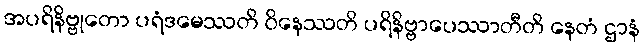
အပရိနိဗ္ဗုတော ပရံဒမေဿတိ ဝိနေဿတိ ပရိနိဗ္ဗာပေဿာတီတိ နေတံ ဌာနံ